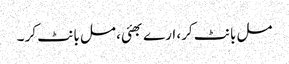
مل بانٹ کر، ارے بھئی، مل بانٹ کر ۔